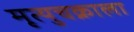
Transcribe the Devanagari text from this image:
मृत्युचक्राला